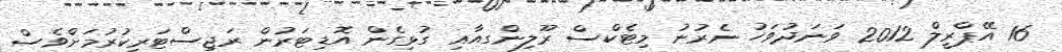
16 އޭޕްރީލް 2012 ވަނަދުވަހު ނެރުނު މިޓެކްސް ރޫލިންގއާއި ގުޅިގެން އޮޑިޓަރުން ރަޖިސްޓަރީކުރުމަށްވެސް